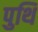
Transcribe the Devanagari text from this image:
पुथि